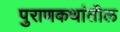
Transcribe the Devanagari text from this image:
पुराणकथांतील